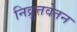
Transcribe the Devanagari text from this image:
निव्रुत्तवेतन